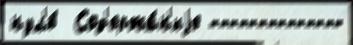
нул'ю́  Сод'ержа́н'иjе --------------